Vital statistics of India. Vol. V, Reports of 1876 on armies & jails and on epidemic cholera
Year: 1876
Disease focus: Cholera
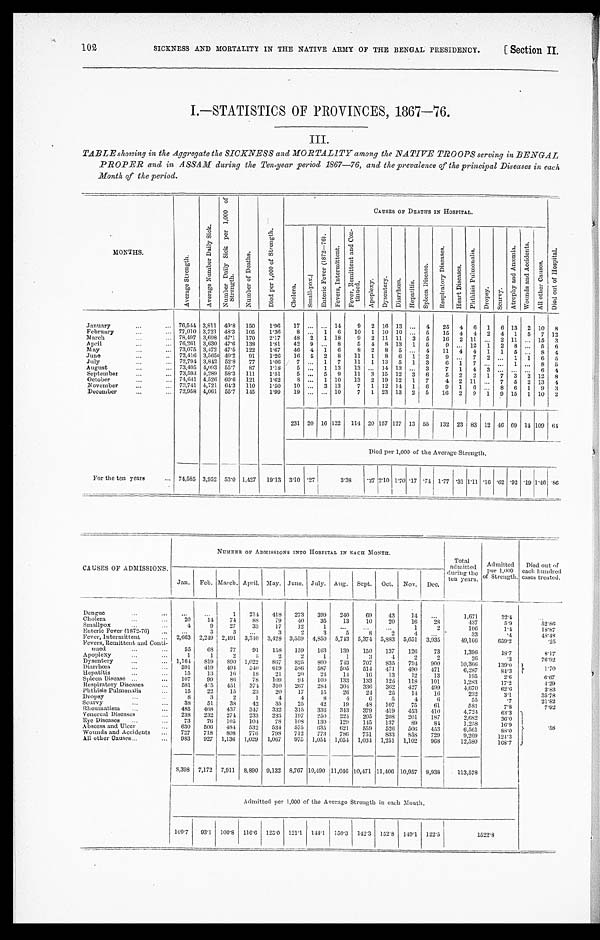
SICKNESS AND MORTALITY IN THE NATIVE ARMY OF THE BENGAL PRESIDENCY.
102
[Section II.
I.—STATISTICS OF PROVINCES, 1867—76.
III.
TABLE showing in the Aggregate the SICKNESS and MORTALITY among the NATIVE TROOPS serving in BENGAL
PROPER and in ASSAM during the Ten-year period 1867—76, and the prevalence of the principal Diseases in each
Month of the period.
MONTHS.
A v e r a g e S t r e n g t h .
A v e r a g e N u m b e r D a i l y S i c k .
N u m b e r D a i l y S i c k p e r 1 , 0 0 0 o f S t e n g t h .
Nu mb e r o f De a t h s .
D i e d p e r 1 , 0 0 0 o f S t r e n g t h .
CAUSES OF DEATHS IN HOSPITAL.
D i e d o u t o f H o s p i t a l .
C h o l e r a .
Smal l -pox.
E n t e r i c F e v e r ( 1 8 7 2 — 7 6 ) .
F e v e r , I n t e r m i t t e n t .
F e v e r , R e m i t t e n t a n d C o n - t i n u e d .
A p o p l e x y .
D y s e n t e r y . Di a r r hœa .
H e p a t i t i s . S p l e e n D i s e a s e .
R e s p i r a t o r y D i s e a s e s .
H e a r t D i s e a s e s .
P h t h i s i s P u l m o n a l i s .
D r o p s y .
S c u r v y .
A t r o p h y a n d A n æ m i a .
W o u n d s a n d A c c i d e n t s .
A l l o t h e r C a u s e s .
January . . .
76,544 3,811 49.8
150
1.96
17 . . .
. . . 14
9
2 16 13
. . . 4
25
4
6
1
6 13
2 10
8
February . . .
77,010 3,721 48.3
105
1.36
8 . . .
1
6
10
1 10 10
. . . 5
15
4
4
2
4
1
5
7 12
M a r c h . . .
78,497 3,698 47.1
170
2.17
48
2
1 18
9
2 11 11
3
5
16 2 11
. . . 2 11
. . . 15
3
April . . .
76,261 3,630 47.6
138
1.81
42
9
. . .
8
5
4
8 13
1
5
9
. . . 12
1
2
8
. . . 5
6
May . . .
73,075 3,472 47.5
122
1.67
46
4
1
6
8
2
8
5
. . . 4
11
4
4
1
1
5
. . . 8
4
June . . .
72,416 3,565 49.2
91
1.26
16
5
2
8
11
1
8
6
1
2
9
. . . 7
2
. . . 1
1
6
5
July . . .
7 2 , 7 9 4
3,842 52.8
77
1.06
7 . . .
1
7
11
1 13
5
1
3
6
1
7
. . .
. . . 1
. . . 8
5
August . . .
73,495 4,093 55.7
87
1.18
5 . . .
1 13
13
. . . 14 13
. . . 3
7
1
4
3
. . . . . .
. . . 6
4
September . . .
73,593 4,289 58.3
111
1.51
5 . . . 5
9
11
3 15 12
3
6
5
2
2
1
7
3
2 12
8
October . . .
74,641 4,526 60.6
121
1.62
8 . . .
1 10
13
2 19 12
1
7
4
2 11
. . . 7
5
2 13
4
November . . .
73,741 4,721 64.3
110
1.50
10 . . .
3 13
7
1 12 14
1
6
9
1
6
. . . 8
6
1
9
3
December . . .
72,958 4,061 55.7
145
1.99
19 . . .
. . . 10
7
1 23 13
2
5
16
2
9
1
9 15
1 10
2
231 20 16 122
114 20 157 127 13 55
132 23 83 12 46 69 14 109
6 4
Died per 1,000 of the Average Strength.
For the ten years . . . 74,585 3,952 53.0 1,427
19.13 3.10 .27
3.38
.27 2.10 1.70 .17 .74 1.77 .31
1 . 1 1 .16 .62 .92 .19 1.46 .86
CAUSES OF ADMISSIONS
NUMBER OF ADMISSIONS INTO HOSPITAL IN EACH MONTH.
Total
admitted
during the
ten years.
Admitted
per 1,000
of Strength.
Died out of
each hundred
cases treated.
Jan.
Feb. March. April. May. June. July. Aug.
Sept.
Oct.
Nov.
Dec.
Dengue . . .
. . .
. . .
1
214
418
273
399
240
69
43
1 4
. . .
1,671
22.4
Cholera . . .
20
14
74
8 8
79
40
35
13
10
20
16
28
437
5.9
52.86
Smallpox . . .
4
9
27
33
17
12
1
. . .
. . .
. . .
1
2
106
1.4
18.87
Enteric Fever (1872-76) . . .
. . .
3
3
. . .
3
2
3
5
8
2
4
. . .
33
.4
48.48
Fever, Intermittent . . .
2,663
2,249
2,491
3,340
3,428 3,559
4,850
5,743
5,374 5,883
5,651
3,935
49,166
659.2
.25
Fevers, Remittent and Conti-
nued . . .
55
68
77
91
158
159
163
139
150
137
126
73
1,396
18.7
8.17
Apoplexy . . .
1
1
2
5
2
2
1
1
3
4
2
2
26
.3
76.92
Dysentery . . .
1,164
819
890 1,022
867
825
800
743
707
835
794
900
10,366
139.0
1.70
Diarrhœa . . .
591
419
494
540
619
586
587
505
514
471
490
471
6,287
84.3
Hepatitis . . .
15
13
16
I8
21
20
24
14
16
13
12
13
195
2.6
6 . 6 7
Spleen Disease . . .
107
99
86
78
109
94
100
133
133
125
118
101
1,283
17.2
4.29
Respiratory Diseases . . .
581
475
451
374
310
267
284
304
336
362
427
499
4,670
62.6
2.83
Phthisis Pulmonalis . . .
15
22
15
23
20
17
15
26
24
25
14
16
232
3.1
35.78
Dropsy . . .
8
3
2
1
4
4
8
4
6
5
4
6
55
.7
21.82
Scurvy . . .
38
51
38
42
35
25
42
19
48
107
75
61
581
7.8
7.92
Rheumatism . . .
485
468
437
347
332
315
336
343
379
419
453
410
4,724
63.3
. 5 8
Venereal Diseases . . .
238
232
274
233
233
197
250
224
205
208
201
187
2,682
36.0
Eye Diseases . . .
73
76
105
104
78
108
130
129
145
137
89
84
1,258
16.9
Abscess and Ulcer . . .
630
506
484
532
534
575
635
621
559
526
506
453
6,561
88.0
Wounds and Accidents . . .
727
718
808
776
798
712
773
786
751
833
858
729
9,269
124.3
All other Causes . . .
983
927
1,136
1,029
1,067
975
1,054
1,054
1,034 1,251 1,102
968
12,580
168.7
8,398
7,172
7,911 8,890 9,132
8,767 10,490
1 1 , 0 4 6
10,471 11,406 10,957
8,938
113,578
Admitted per 1,000 of the Average Strength in each Month.
109.7
93.1
100.8 116.6
125.0
121.1
144.1
150.3
142.3
152.8
149.1
122.5
1522.8